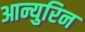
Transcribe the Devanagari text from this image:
आन्युरिन